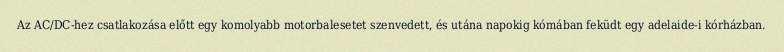
Az AC/DC-hez csatlakozása előtt egy komolyabb motorbalesetet szenvedett, és utána napokig kómában feküdt egy adelaide-i kórházban.